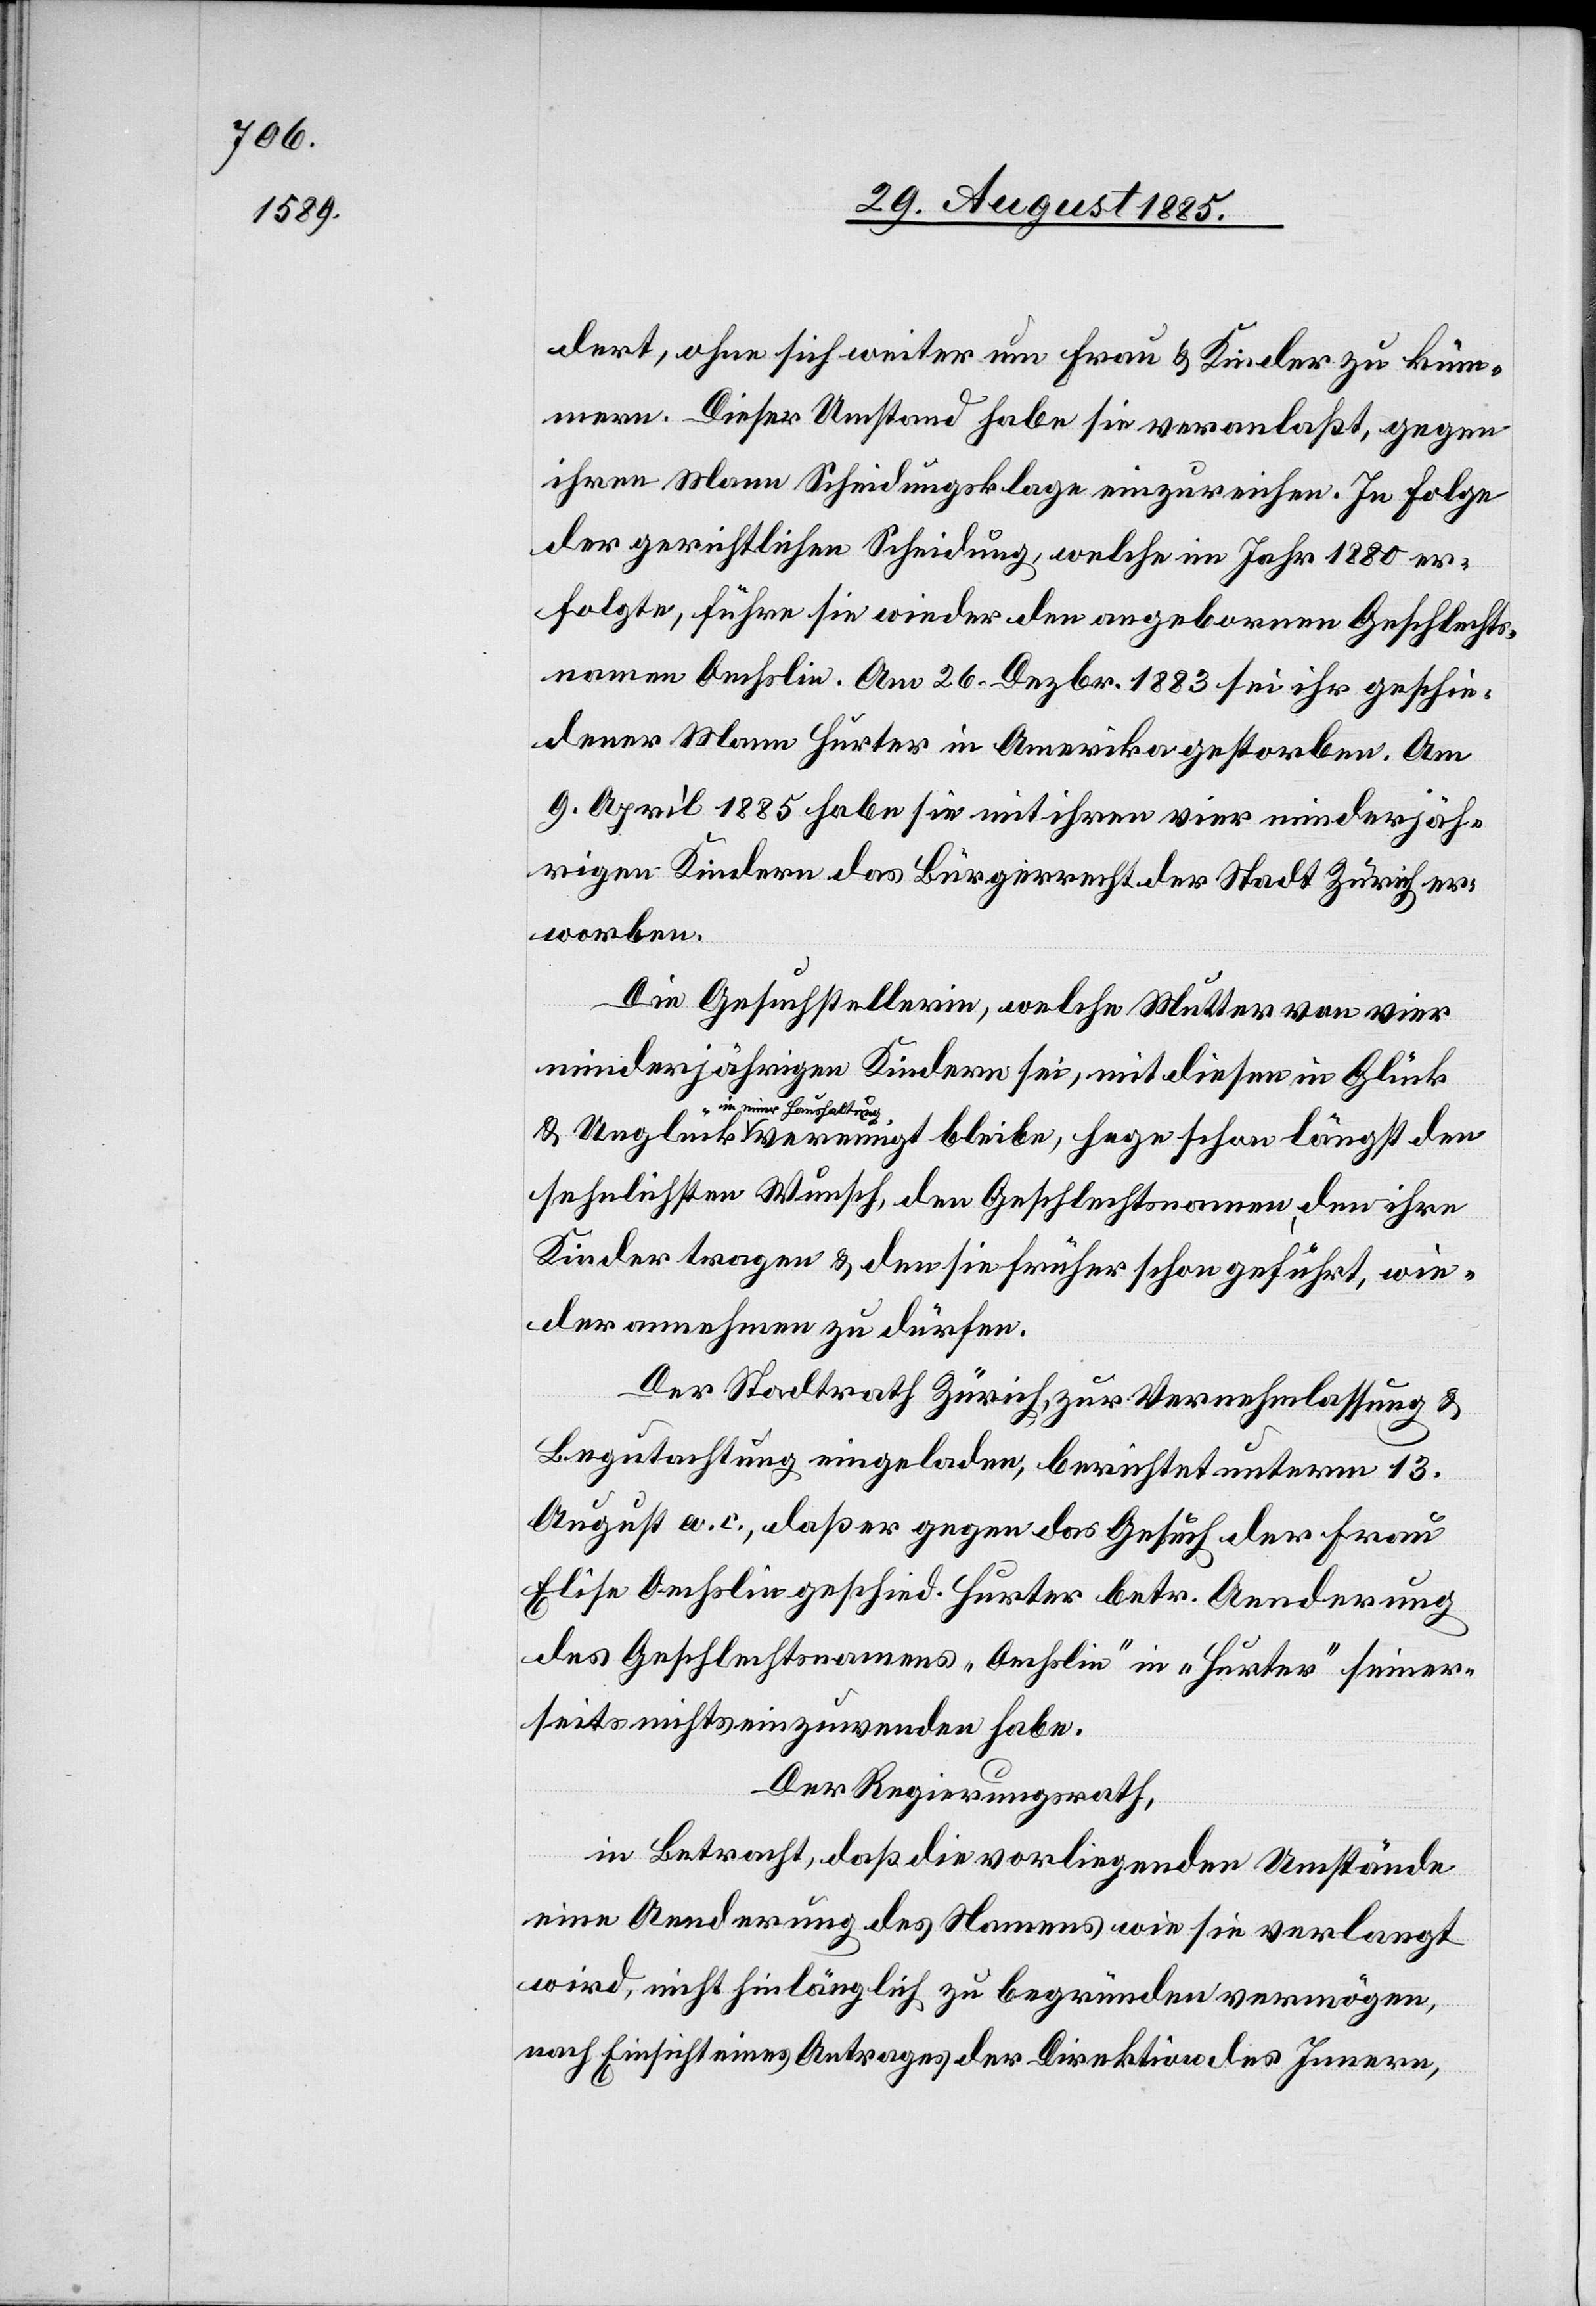
dert, ohne sich weiter um Frau & Kinder zu küm¬
mern. Dieser Umstand habe sie veranlaßt, gegen
ihren Mann Scheidungsklage einzureichen. In Folge
der gerichtlichen Scheidung, welche im Jahr 1880 er¬
folgte, führe sie wieder den angeborenen Geschlechts¬
namen Oechslin. Am 26. Dezbr. 1883 sei ihr geschie¬
dener Mann Hurter in Amerika gestorben. Am
9. April 1885 habe sie mit ihren vier minderjäh¬
rigen Kindern das Bürgerrecht der Stadt Zürich er¬
worben.
Die Gesuchstellerin, welche Mutter von vier
minderjährigen Kindern sei, mit diesen in Glück
a-in einer Haushaltun¬
g-a vereinigt bleibe, hege schon längst den
sehnlichsten Wunsch, den Geschlechtsnamen, den ihre
Kinder tragen & den sie früher schon geführt, wie¬
der annehmen zu dürfen.
Der Stadtrath Zürich, zur Vernehmlassung &
Begutachtung eingeladen, berichtet unterm 13.
August a. c., daß er gegen das Gesuch der Frau
Elise Oechslin geschied. Hurter betr. Aenderung
des Geschlechtsnamens „Oechslin“ in „Hurter“ seiner¬
seits nichts einzuwenden habe.
Der Regierungsrath,
in Betracht, daß die vorliegenden Umstände
eine Aenderung des Namens wie sie verlangt
wird, nicht hinlänglich zu begründen vermögen,
nach Einsicht eines Antrages der Direktion des Innern,